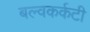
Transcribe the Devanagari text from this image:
बल्वकर्कटी